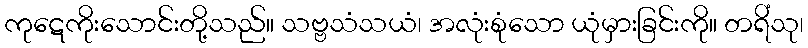
ကုဋေကိုးသောင်းတို့သည်။ သဗ္ဗသံသယံ၊ အလုံးစုံသော ယုံမှားခြင်းကို။ တရိံသု၊